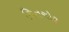
ચિતચોર